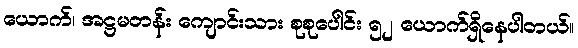
ယောက်၊ အဋ္ဌမတန်း ကျောင်းသား စုစုပေါင်း ၅၂ ယောက်ရှိနေပါတယ်။